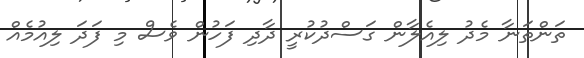
ތަންތަނާ މެދު ލިއެލާން ގަސްދުކުރީ ދާދި ފަހުން ވެސް މި ފަދަ ލިއުމެއް